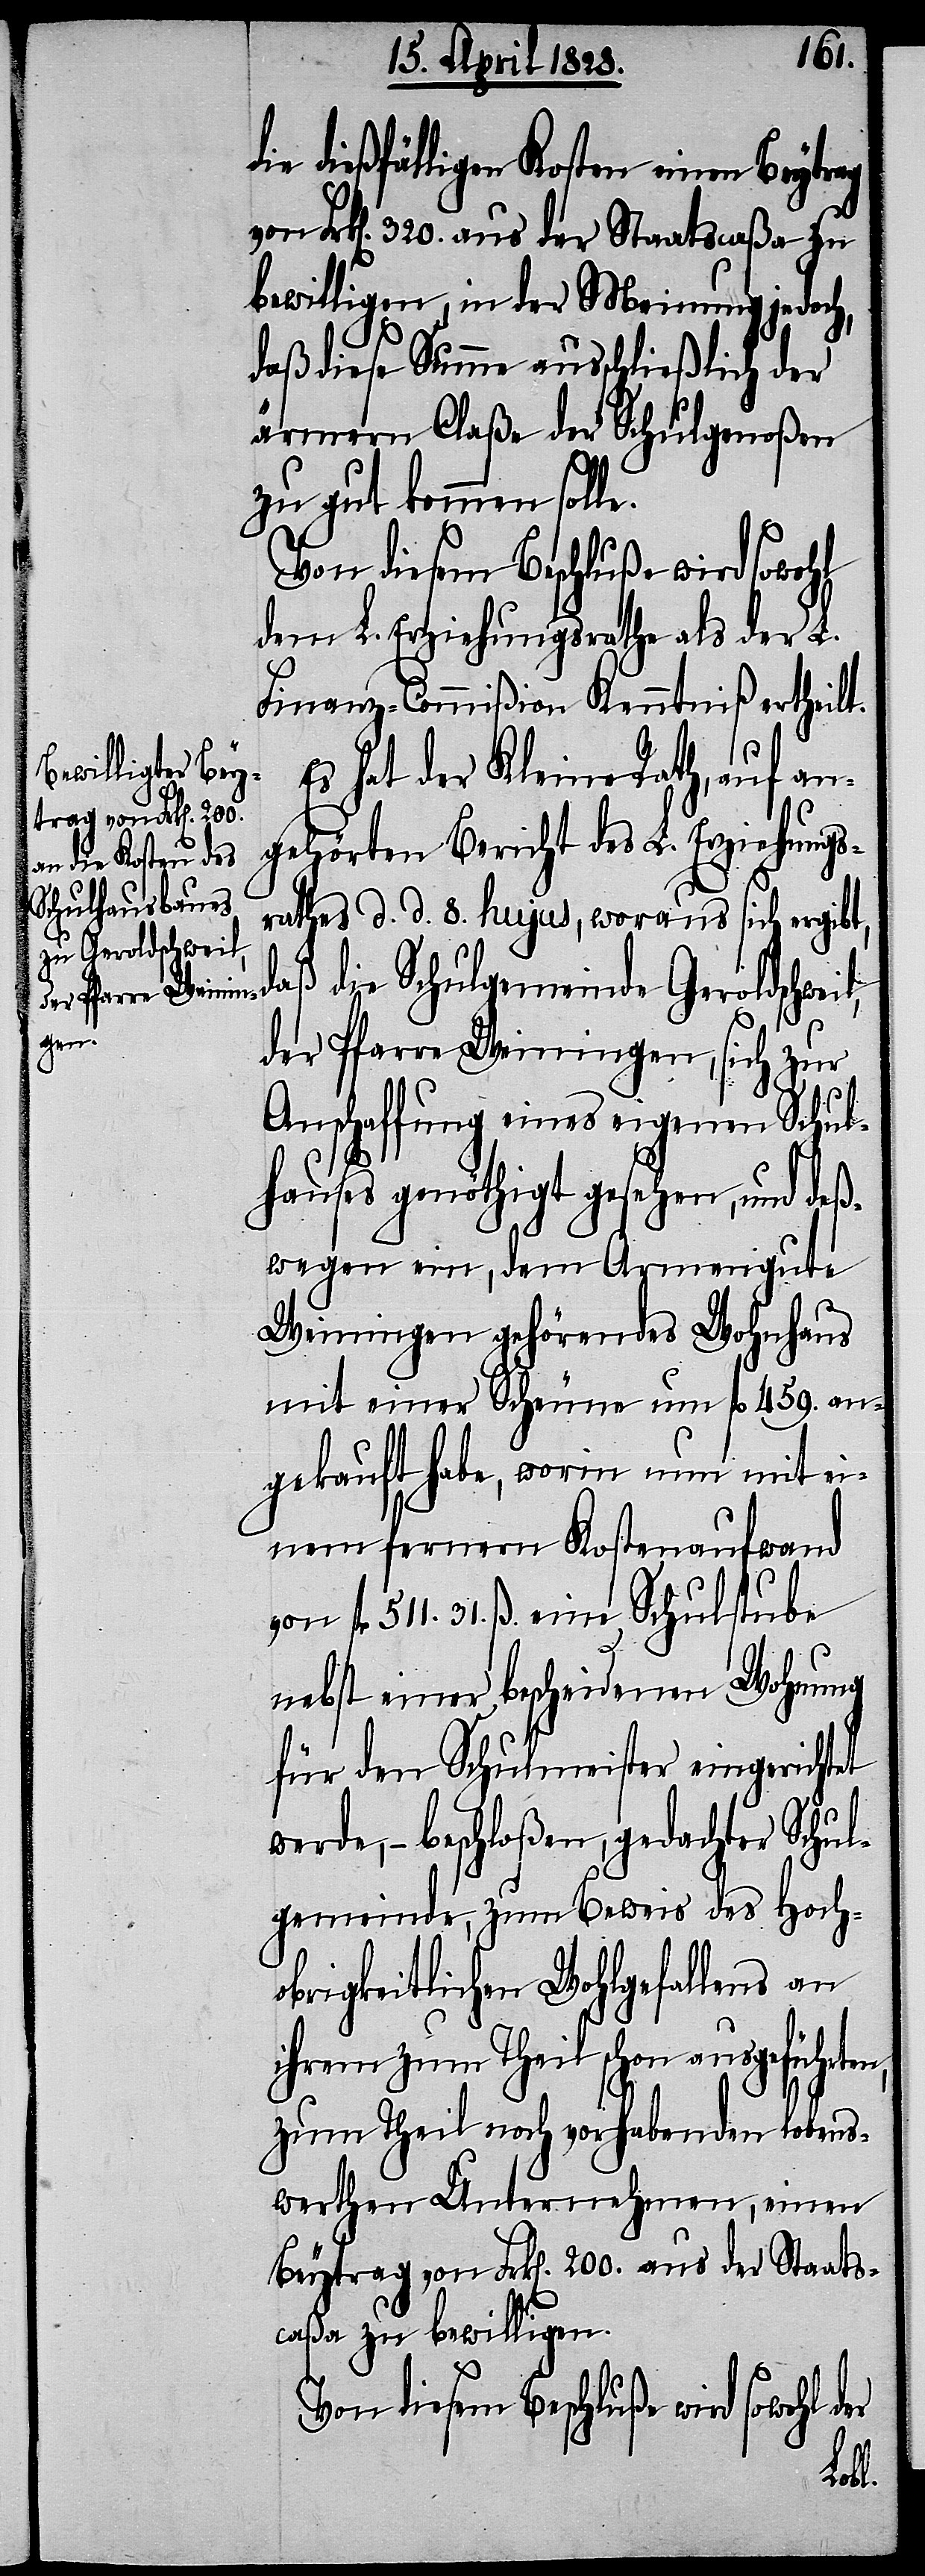
die dießfälligen Kosten einen Beytrag
Frk[en]. 320. aus der Staatscaßa zu
bewilligen, in der Meinung jedoch,
daß diese Summe ausschließlich der
ärmern Claße der Schulgenoßen
zu gut kommen solle.
Von diesem Beschluße wird sowohl
dem L. Erziehungsrathe als der L.
Finanz-Commißion Kenntniß ertheilt.
Es hat der Kleine Rath, auf an¬
gehörten Bericht des L. Erziehungs¬
rathes d. d. 8. hujus, woraus sich ergibt,
daß die Schulgemeinde Geroldschwei¬
der Pfarre Weiningen, sich zur
Anschaffung eines eigenen Schul¬
hauses genöthigt gesehen, und deß¬
wegen ein, dem Armengute
Weiningen gehörendes Wohnhaus
mit einer Scheune um fl. 459. an¬
gekauft habe, worin nun mit ei¬
nem fernern Kostenaufwand
von fl. 511. 31. ß. eine Schulstube
nebst einer bescheidenen Wohnung
für den Schulmeister eingerichtet
wird, – beschloßen, gedachter Schul¬
gemeinde, zum Beweis des Hoch¬
obrigkeitlichen Wohlgefallens an
ihrem zum Theil schon ausgeführten,
zum Theil noch vorhabenden lobens¬
werthen Unternehmen, einen
Beytrag von Frk[en]. 200. aus der Staats¬
caßa zu bewilligen.
der